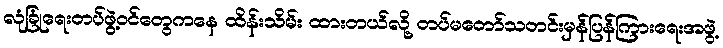
လုံခြုံရေးတပ်ဖွဲ့ဝင်တွေကနေ ထိန်းသိမ်း ထားတယ်လို့ တပ်မတော်သတင်းမှန်ပြန်ကြားရေးအဖွဲ့